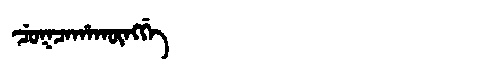
Manchu: ᠴᡠᡴᠴᠠᡥᠠᡴᡡᠩᡤᡝ
Romanization: CUKCAHAKŪNGGE